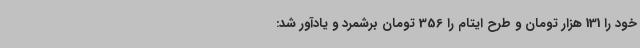
خود را 131 هزار تومان و طرح ایتام را 356 تومان برشمرد و یادآور شد: